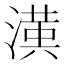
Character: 𭲑